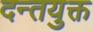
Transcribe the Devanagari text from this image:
दन्तयुक्त